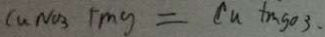
C u N O _ { 3 } + m g = C u \tan g o 3 .